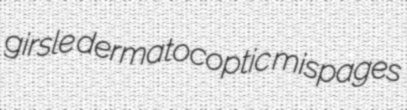
girsle dermatocoptic mispages